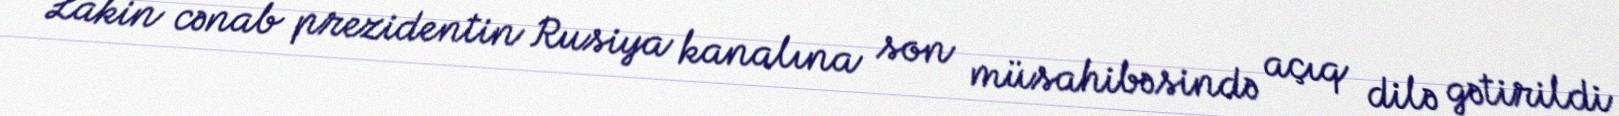
Lakin cənab prezidentin Rusiya kanalına son müsahibəsində açıq dilə gətirildi